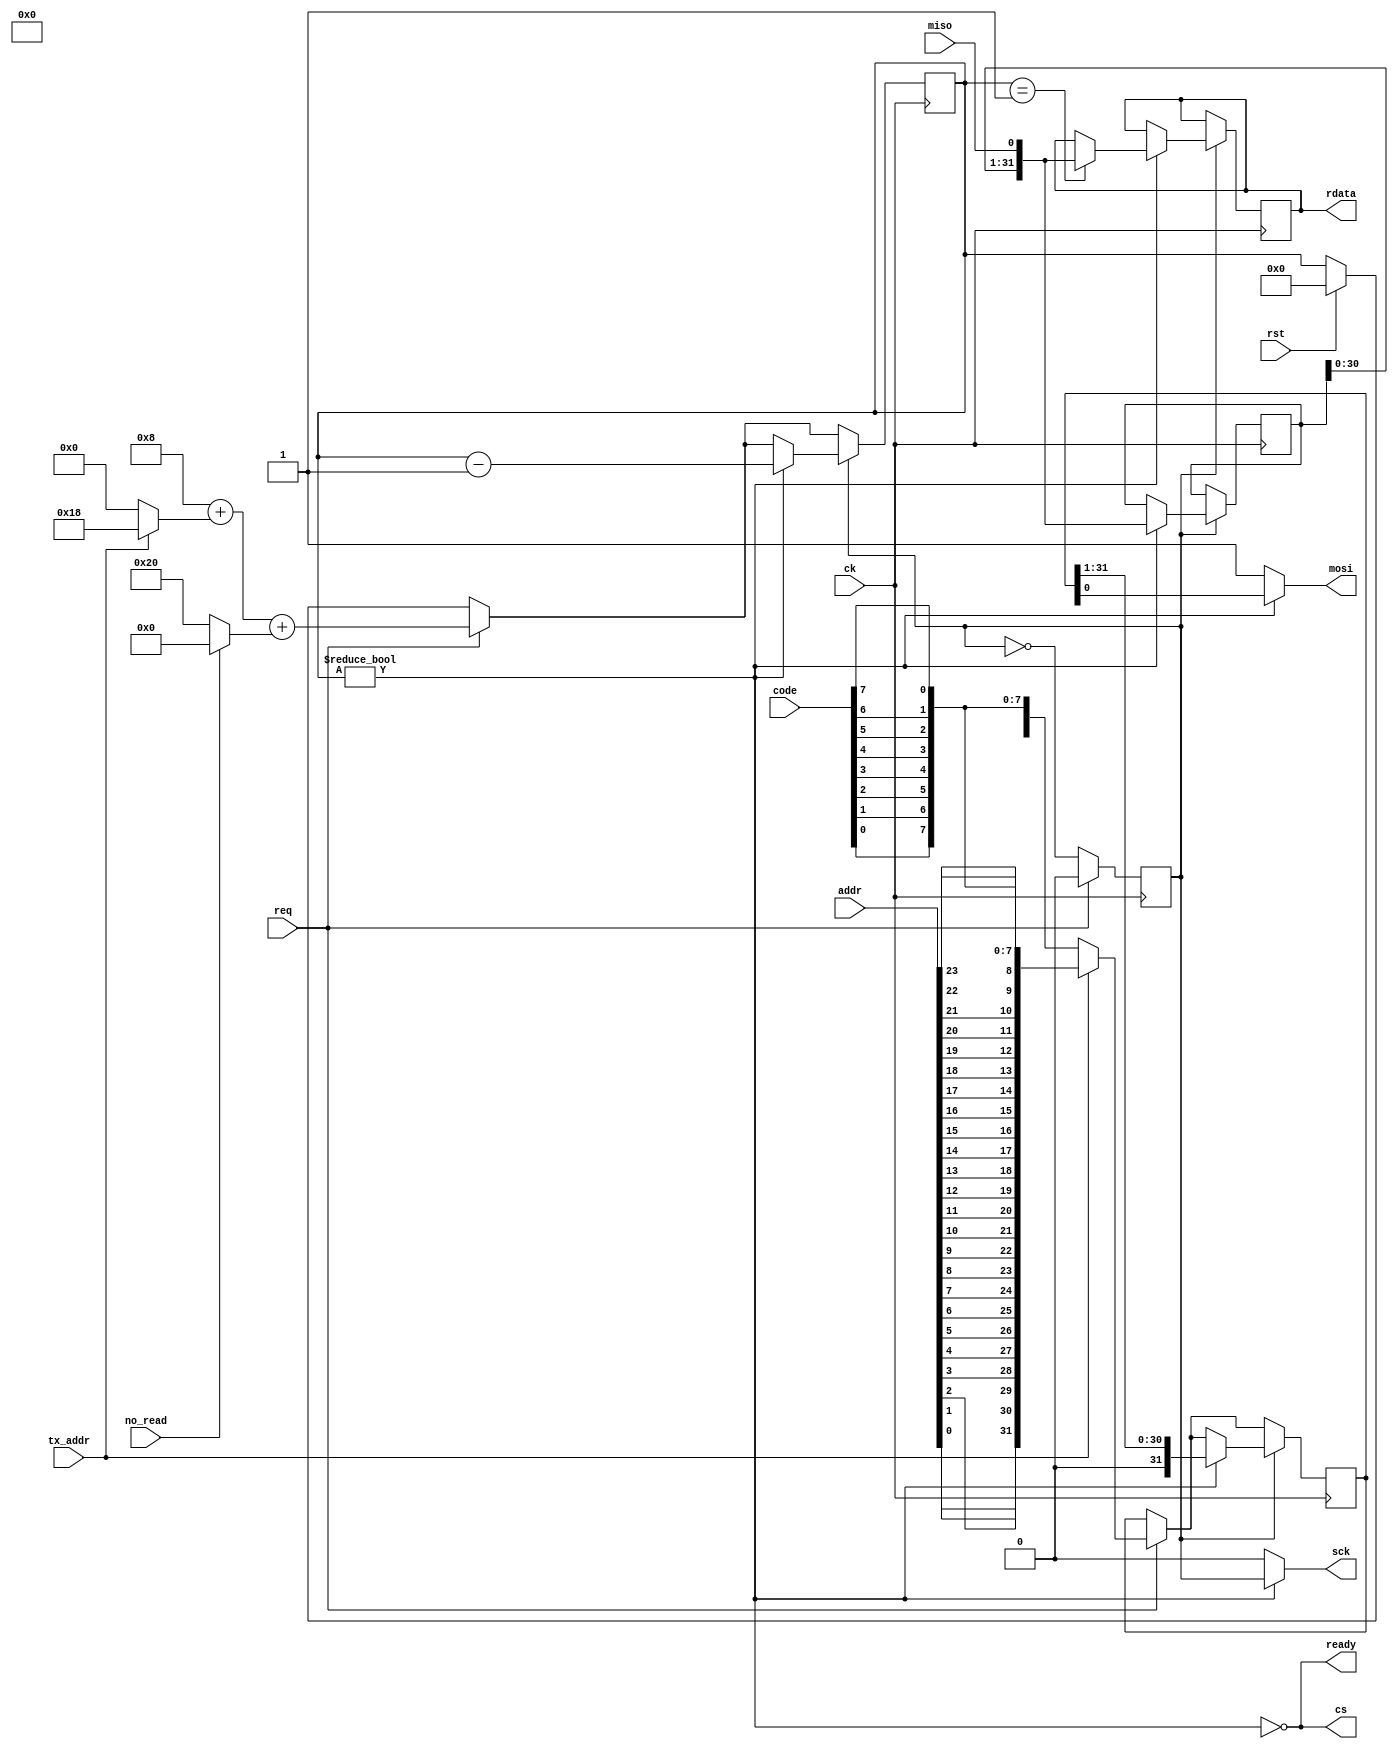
// This program was cloned from: https://github.com/DaveBerkeley/serv_soc
// License: MIT License


module spi_tx(
    input wire ck,
    input wire rst,
    output wire cs,
    output wire sck,
    output wire mosi,
    input wire miso,

    input wire [7:0] code,
    input wire [23:0] addr,
    input wire tx_addr,
    input wire no_read,
    input wire req,
    output reg [31:0] rdata,
    output wire ready
);

    initial begin
        rdata = 0;
    end

    reg [31:0] tx = 32'b0;
    reg [6:0] bit_count = 0;
    wire sending;
    assign sending = bit_count != 0;

    reg clock = 0;

    function [7:0] reverse(input [7:0] d);

        begin
            reverse = { d[0], d[1], d[2], d[3], d[4], d[5], d[6], d[7] };
        end

    endfunction

    /* verilator lint_off UNUSED */
    reg [31:0] rx = 32'b0;
    /* verilator lint_on UNUSED */

    always @(posedge ck) begin

        if (rst) begin
            bit_count <= 0;
        end

        clock <= !clock;

        if (req) begin
            if (tx_addr)
                tx <= { reverse(addr[7:0]), reverse(addr[15:8]), reverse(addr[23:16]), reverse(code) };
            else
                tx <= { 24'h0, reverse(code) };

            bit_count <= 8 + (tx_addr ? 24 : 0) + (no_read ? 0 : 32);

            clock <= 0;
        end

        if (clock) begin
            if (sending) begin

                if (bit_count == 1) begin
                    rdata <= { rx[30:0], miso };
                end

                bit_count <= bit_count - 1;
                tx <= { 1'b0, tx[31:1] };
                rx <= { rx[30:0], miso };

            end
        end
    end

    assign mosi  = sending ? tx[0] : 1;
    assign sck   = sending ? clock : 0;
    assign cs    = !sending;
    assign ready = !sending;

endmodule